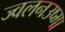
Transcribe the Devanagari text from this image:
ज्वलनउष्मा